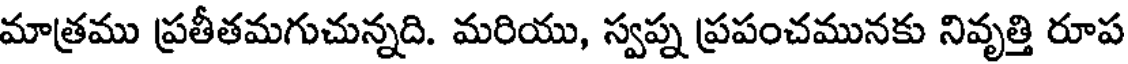
మాత్రము ప్రతీతమగుచున్నది. మరియు, స్వప్న ప్రపంచమునకు నివృత్తి రూప